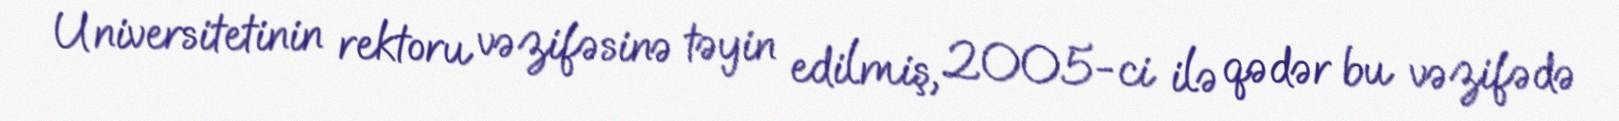
Universitetinin rektoru vəzifəsinə təyin edilmiş, 2005-ci ilə qədər bu vəzifədə